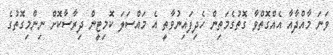
ވަނަ މާއްދާއާ އެއްގޮތްވާ ގޮތުގެމަތިން ހެދިފައިނުވާތީ އެ މައްސަލަ ކޮމިޓީން ދިރާސާކޮށް ނިންމިގޮތުގެ